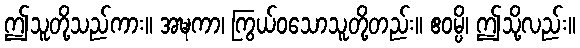
ဤသူတို့သည်ကား။ အဍ္ဎကာ၊ ကြွယ်ဝသောသူတို့တည်း။ ဧဝမ္ပိ၊ ဤသို့လည်း။